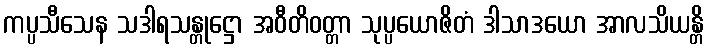
ကပ္ပသီသေန သဒါရသန္တုဋ္ဌော အဝီတိဝတ္တာ သုပ္ပယောဇိတံ ဒါသာဒယော အာလသိယန္တိ